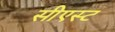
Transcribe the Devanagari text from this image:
सीएस्ट